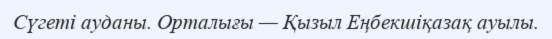
Сүгеті ауданы. Орталығы — Қызыл Еңбекшіқазақ ауылы.